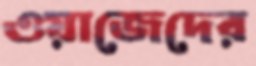
ওয়াজেদের